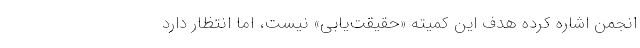
انجمن اشاره کرده هدف این کمیته «حقیقت‌یابی» نیست، اما انتظار دارد